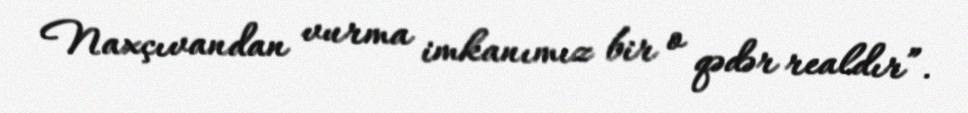
Naxçıvandan vurma imkanımız bir o qədər realdır”.